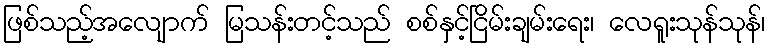
ဖြစ်သည့်အလျောက် မြသန်းတင့်သည် စစ်နှင့်ငြိမ်းချမ်းရေး၊ လေရူးသုန်သုန်၊